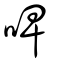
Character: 啤